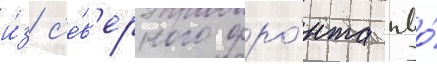
и́з с'е́в'ерного фро́нта пво́